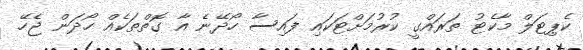
ކެޕިޓަލް މާކެޓު ތަރައްގީ ކުރުމަށްޓަކައި ފައިސާ ހޯދޭނެ އާ ގޮތްތަކެއް ހޯދަން ޖެހޭ